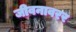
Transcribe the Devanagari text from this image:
जीवनावरर